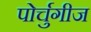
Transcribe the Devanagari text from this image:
पोर्चुगीज